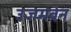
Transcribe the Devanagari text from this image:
उजमबेन